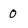
Character: 0